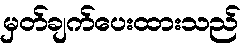
မှတ်ချက်ပေးထားသည်